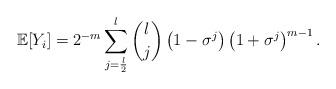
LaTeX: \begin{align*} \mathbb{E}[Y_i] = 2^{-m}\sum_{j=\frac{l}{2}}^l \binom{l}{j} \left(1 - \sigma^j \right) \left(1 + \sigma^j \right)^{m-1}.\end{align*}